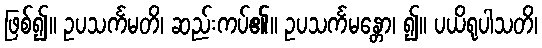
ဖြစ်၍။ ဥပသင်္ကမတိ၊ ဆည်းကပ်၏။ ဥပသင်္ကမန္တော၊ ၍။ ပယိရုပါသတိ၊